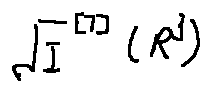
\sqrt { I } ^ { [ 7 ] } ( R ^ { j } )